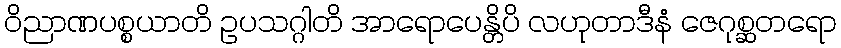
ဝိညာဏပစ္စယာတိ ဥပသဂ္ဂါတိ အာရောပေန္တိပိ လဟုတာဒီနံ ဇေဂုစ္ဆတရော